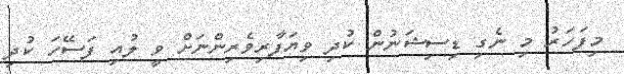
މިފަހަރު މި ނެގި ޑިސިޝަނުން ކުދި ވިޔަފާރިވެރިންނަށް ވީ ލުއި ފަސޭހަ ކުދި